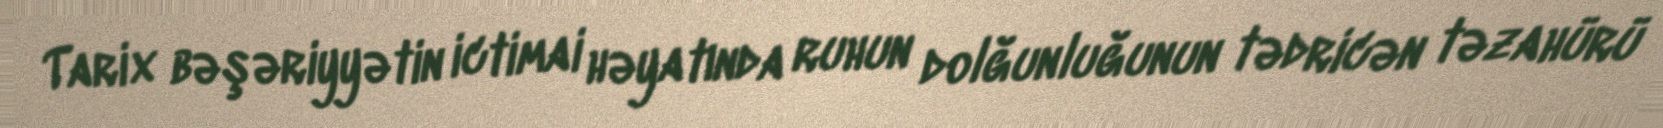
Tarix bəşəriyyətin ictimai həyatında ruhun dolğunluğunun tədricən təzahürü